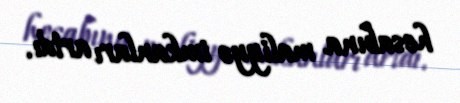
hesabına maliyyə imkanları artdı.